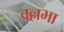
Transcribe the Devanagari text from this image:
वल्लभा